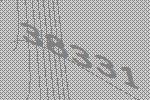
38331